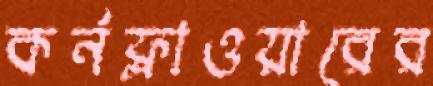
কর্নফ্লাওয়ারের